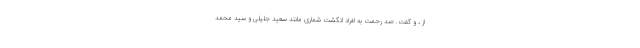
از ، و گفت. صد رحمت به افراد انگشت شماری مانند سعید جلیلی و سید محمد